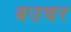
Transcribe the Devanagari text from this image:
बउचर